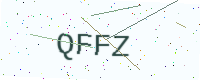
Text: QFFZ